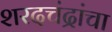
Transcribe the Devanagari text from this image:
शरदचंद्रांचा